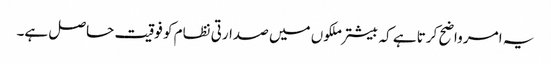
یہ امر واضح کرتا ہے کہ بیشتر ملکوں میں صدارتی نظام کو فوقیت حاصل ہے۔